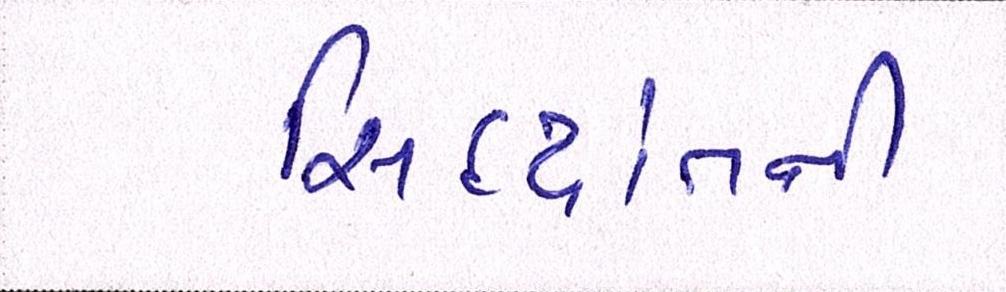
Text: સિદ્ધાંતની